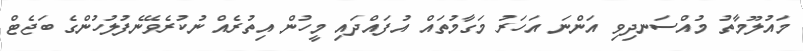
މައުލޫމާތު މުއްސަނދިވި އަންނަ އަހަރު މަގާމުތައް އުފައްދައި މީހުން އިތުރެއް ނުކުރެވޭނެފުލުހުންގެ ބަޖެޓް